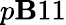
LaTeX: p\mathbf{B}11